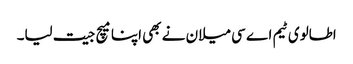
اطالوی ٹیم اے سی میلان نے بھی اپنا میچ جیت لیا۔